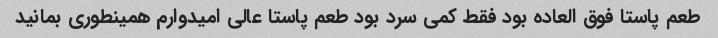
طعم پاستا فوق العاده بود فقط کمی سرد بود طعم پاستا عالی امیدوارم همینطوری بمانید